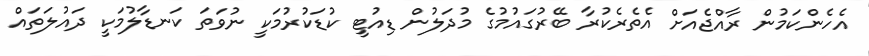
އެހެންކަމުން ރާއްޖެއަށް އެތެރެކުރާ ބޭރުގައުމުގެ މުދަލުން ޑިއުޓީ ކުޑަކުރުމަކީ ނުވަތަ ކަނޑާލުމަކީ ދައުލަތައް